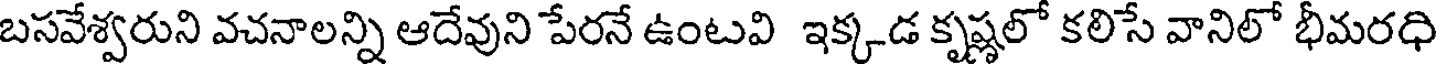
బసవేశ్వరుని వచనాలన్ని ఆదేవుని పేరనే ఉంటవి ఇక్కడ కృష్ణలో కలిసే వానిలో భీమరధి